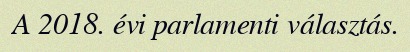
A 2018. évi parlamenti választás.